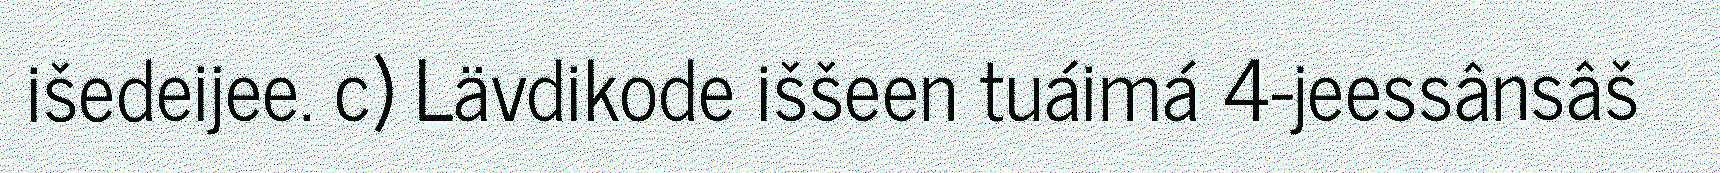
išedeijee. c) Lävdikode iššeen tuáimá 4-jeessânsâš